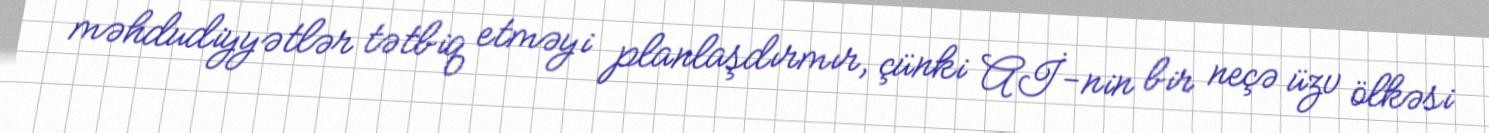
məhdudiyyətlər tətbiq etməyi planlaşdırmır, çünki Aİ-nin bir neçə üzv ölkəsi